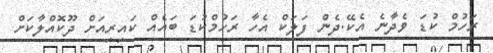
ރަހުމް ކުޑަ ވެދާނެ އެކޭ.ދެން ފަލަކް އެހާ ރަހުމްކުޑަ ބައެއް ކައިރިއަށް ދޫކޮއްލާކަށް